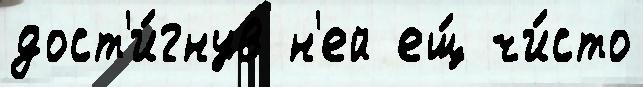
дост'и́гнув н'ей ещ́ чи́сто